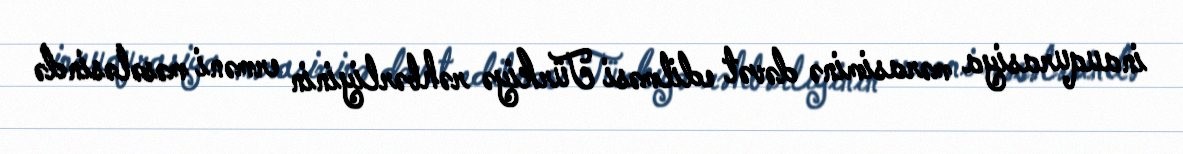
inauqurasiya mərasiminə dəvət edilməsi Türkiyə rəhbərliyinin erməni məsələsində